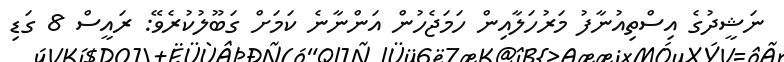
ނަޝީދުގެ އިސްތިއުނާފު މަރުހަލާއިން ހަމަޖެހުން އަންނާނެ ކަމަށް ގަބޫލުކުރެވޭ: ރައީސް 8 ގަޑި